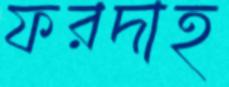
ফরদাহ